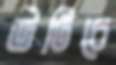
উটিচে